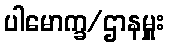
ပါမောက္ခ/ဌာနမှူး